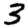
Digit: 3